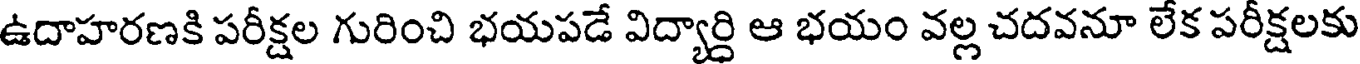
ఉదాహరణకి పరీక్షల గురించి భయపడే విద్యార్ధి ఆ భయం వల్ల చదవనూ లేక పరీక్షలకు